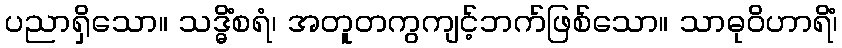
ပညာရှိသော။ သဒ္ဓိံစရံ၊ အတူတကွကျင့်ဘက်ဖြစ်သော။ သာဓုဝိဟာရိံ၊